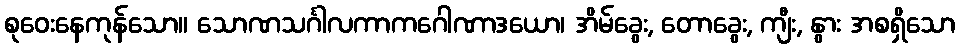
စုဝေးနေကုန်သော။ သောဏသင်္ဂါလကာကဂေါဏာဒယော၊ အိမ်ခွေး, တောခွေး, ကျီး, နွား အစရှိသော